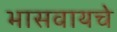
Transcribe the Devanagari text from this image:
भासवायचे